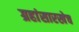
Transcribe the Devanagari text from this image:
ग्रहांसारखेच